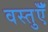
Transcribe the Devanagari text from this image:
वस्तुऍँ